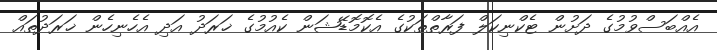
އެއްބަސްވުމުގެ ދަށުން ޓެކްނިކަލް ފަރާތްތަކުގެ އެކޮމޮޑޭޝަން ކެއުމުގެ ޚަރަދު އަދި އެހެނިހެން ޚަރަދުތައް